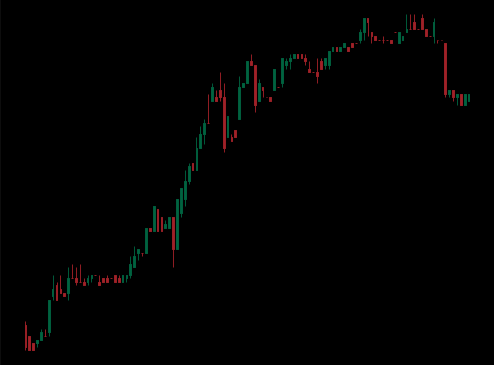
Pattern: bear_flag